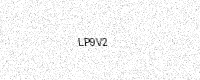
Text: LP9V2